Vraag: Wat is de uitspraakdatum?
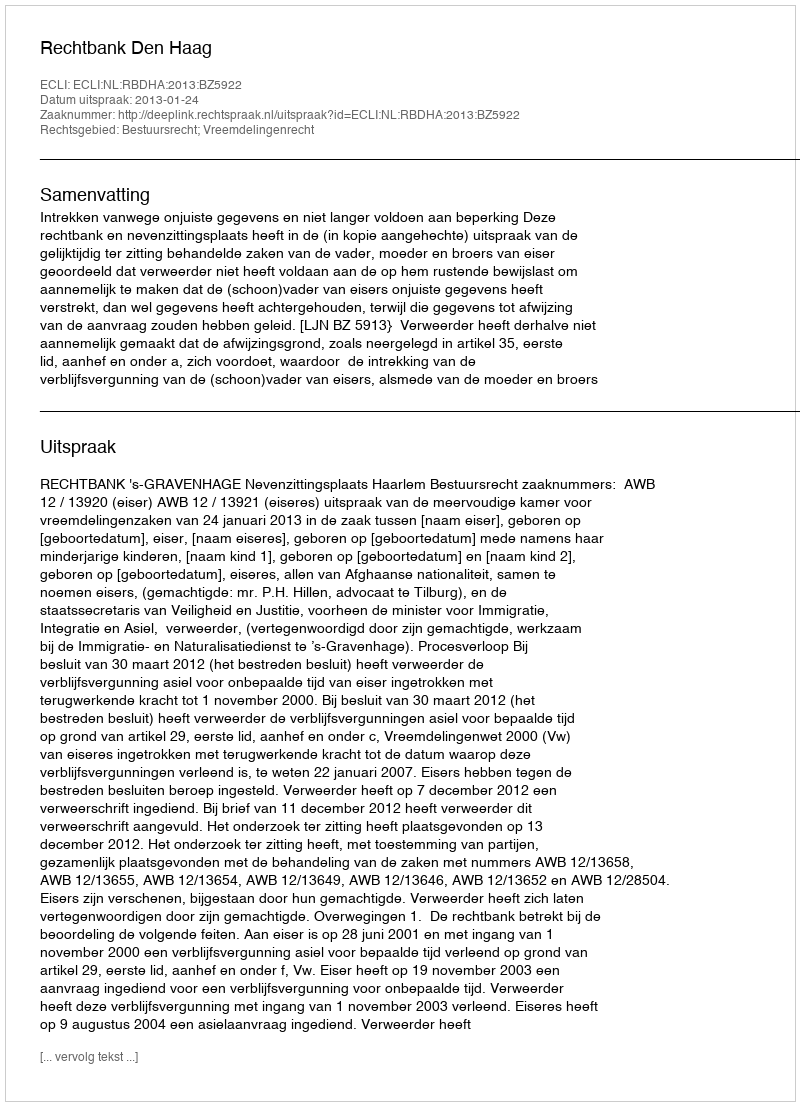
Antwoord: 2013-01-24